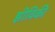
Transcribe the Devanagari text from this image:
झीविकी